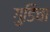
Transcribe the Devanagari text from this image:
गुडिचा